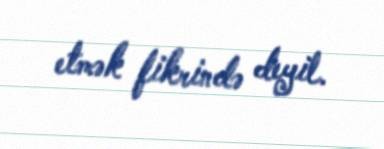
etmək fikrində deyil.